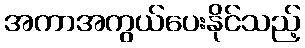
အကာအကွယ်ပေးနိုင်သည့်